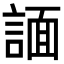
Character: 𧩤